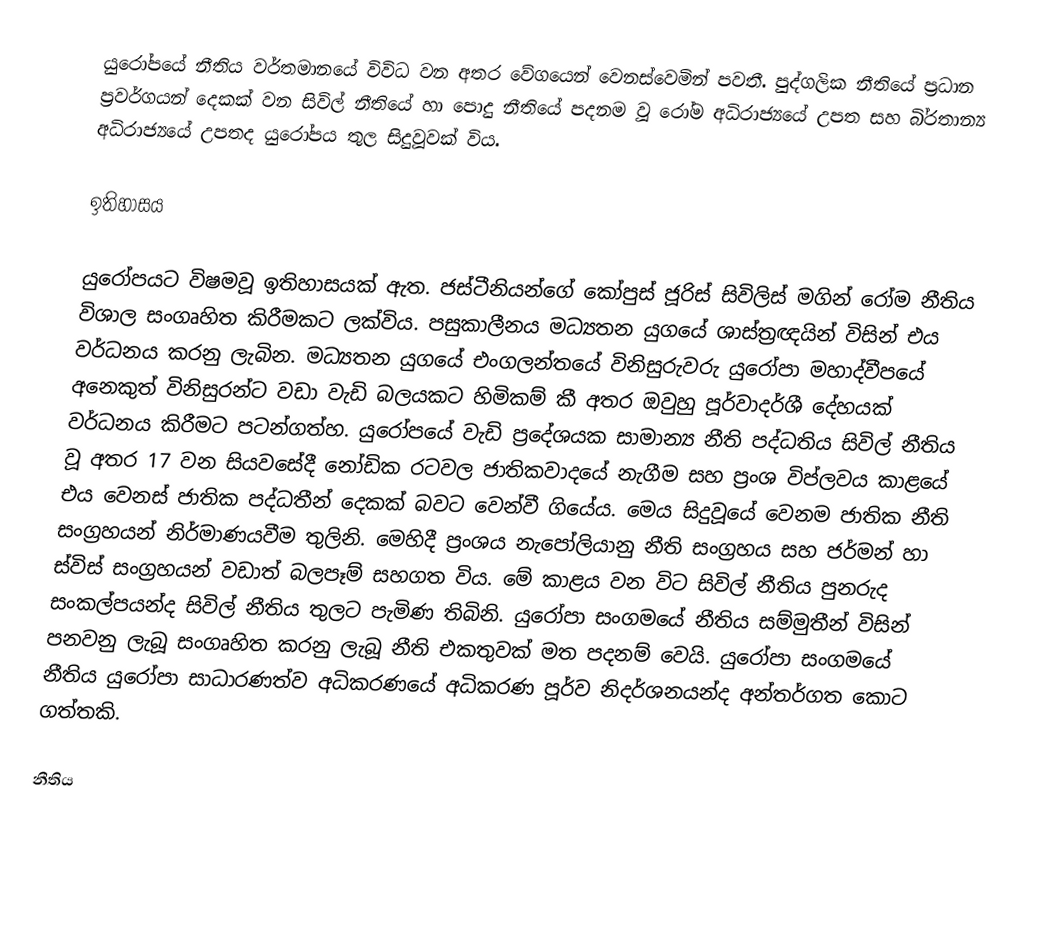
යුරෝපයේ නීතිය වර්තමානයේ විවිධ වන අතර වේගයෙන් වෙනස්වෙමින් පවතී. පුද්ගලික නීතියේ ප‍්‍රධාන ප‍්‍රවර්ගයන් දෙකක් වන සිවිල් නීතියේ හා පොදු නීතියේ පදනම වූ රෝම අධිරාජ්‍යයේ උපත සහ බි‍්‍රතාන්‍ය අධිරාජ්‍යයේ උපතද යුරෝපය තුල සිදුවූවක් විය.

ඉතිහාසය

යුරෝපයට  විෂමවූ ඉතිහාසයක් ඇත.  ජස්ටීනියන්ගේ කෝපුස් ජූරිස් සිවිලිස් මගින් රෝම නීතිය විශාල සංගෘහිත කිරීමකට ලක්විය. පසුකාලීනය මධ්‍යතන යුගයේ ශාස්ත‍්‍රඥයින් විසින් එය වර්ධනය කරනු ලැබින. මධ්‍යතන යුගයේ එංගලන්තයේ විනිසුරුවරු යුරෝපා මහාද්වීපයේ අනෙකුත් විනිසුරන්ට වඩා වැඩි බලයකට හිමිකම් කී අතර ඔවුහු පූර්වාදර්ශී දේහයක් වර්ධනය කිරීමට පටන්ගත්හ. යුරෝපයේ වැඩි ප‍්‍රදේශයක සාමාන්‍ය නීති පද්ධතිය සිවිල් නීතිය වූ අතර 17 වන සියවසේදී නෝඩික රටවල ජාතිකවාදයේ නැගීම සහ ප‍්‍රංශ විප්ලවය කාළයේ එය වෙනස් ජාතික පද්ධතීන් දෙකක් බවට වෙන්වී ගියේය. මෙය සිදුවූයේ වෙනම ජාතික නීති සංග‍්‍රහයන් නිර්මාණයවීම තුලිනි. මෙහිදී ප‍්‍රංශය නැපෝලියානු නීති සංග‍්‍රහය සහ ජර්මන් හා ස්විස් සංග‍්‍රහයන් වඩාත් බලපෑම් සහගත විය. මේ කාළය වන විට සිවිල් නීතිය පුනරුද සංකල්පයන්ද සිවිල් නීතිය තුලට පැමිණ තිබිනි. යුරෝපා සංගමයේ නීතිය සම්මුතීන් විසින් පනවනු ලැබූ සංගෘහිත කරනු ලැබූ නීති එකතුවක් මත පදනම් වෙයි. යුරෝපා සංගමයේ නීතිය යුරෝපා සාධාරණත්ව අධිකරණයේ අධිකරණ පූර්ව නිදර්ශනයන්ද අන්තර්ගත කොට ගත්තකි.

 නීතිය